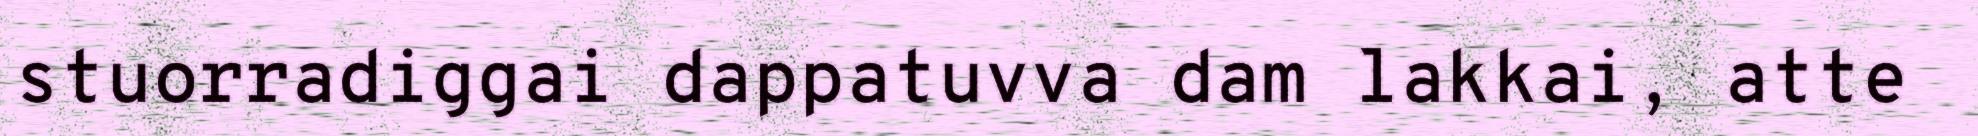
stuorradiggai dappatuvva dam lakkai, atte